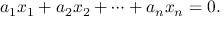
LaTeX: a _ { 1 } x _ { 1 } + a _ { 2 } x _ { 2 } + \cdots + a _ { n } x _ { n } = 0 .